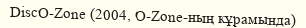
DiscO-Zone (2004, O-Zone-ның кұрамында)